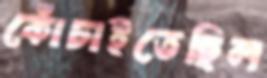
কোঁচাইতেছিল